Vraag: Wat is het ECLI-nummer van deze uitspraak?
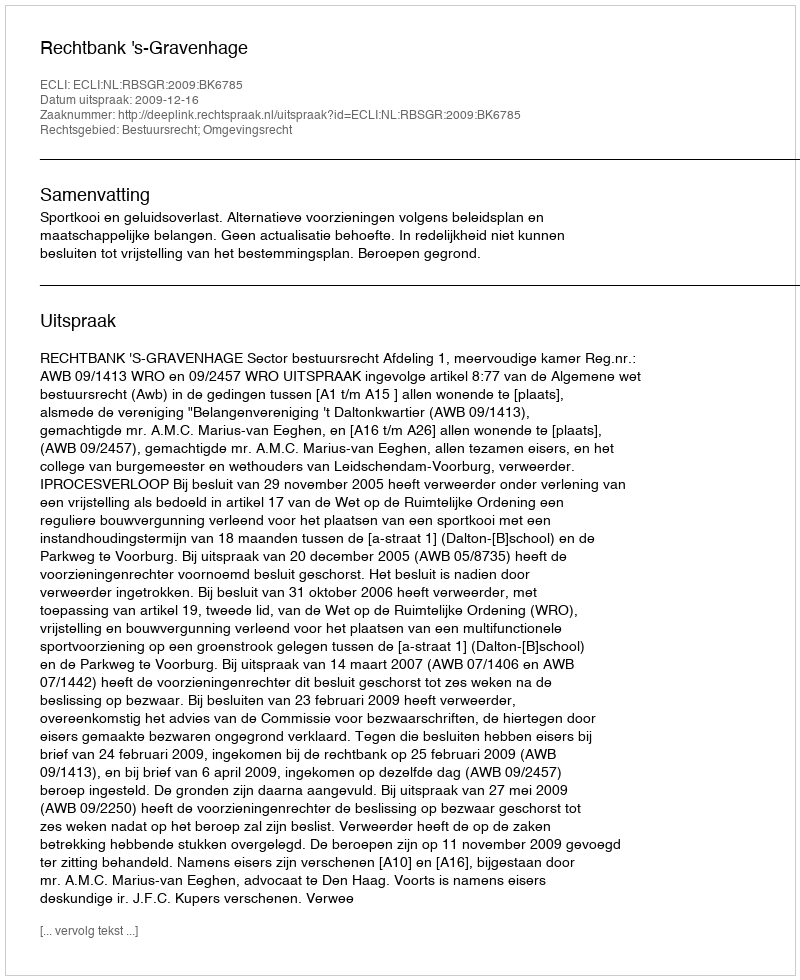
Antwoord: ECLI:NL:RBSGR:2009:BK6785